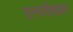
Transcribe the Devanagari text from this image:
उत्पत्तीबाबत